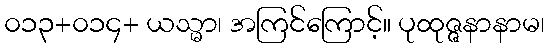
၀၁၃+၀၁၄+ ယသ္မာ၊ အကြင်ကြောင့်။ ပုထုဇ္ဇနာနာမ၊